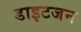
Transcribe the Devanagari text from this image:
डाइटजन